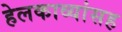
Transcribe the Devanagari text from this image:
हेलकाव्यांसह